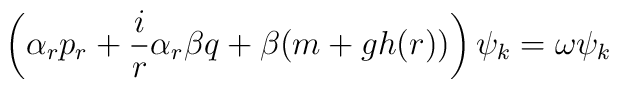
\left( \alpha_r p_r + \frac{i}{r} \alpha_r\beta q +\beta(m+gh(r))\right) \psi_k = \omega \psi_k